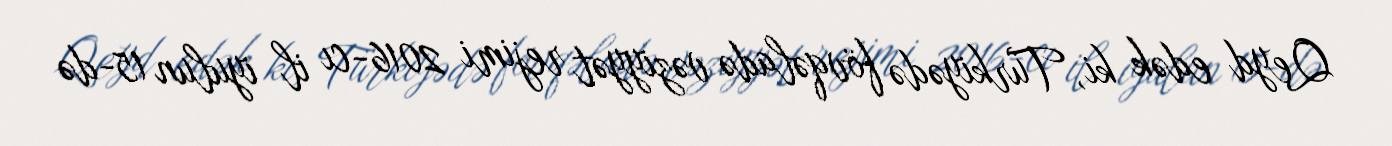
Qeyd edək ki, Türkiyədə fövqəladə vəziyyət rejimi 2016-cı il iyulun 15-də